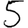
Digit: 5